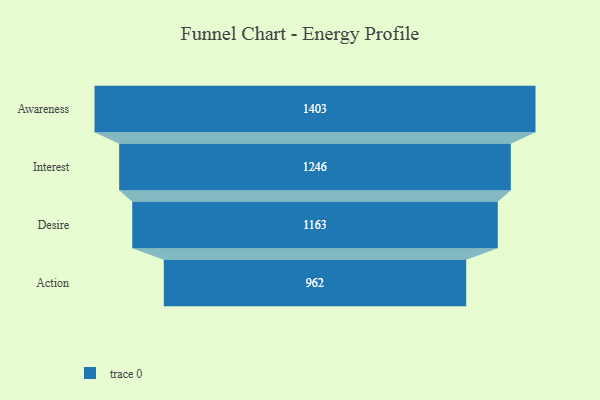
{"axis": {"x": "Stage", "y": "Value"}, "legend": [""], "data": [{"x": "Awareness", "y": 1403.0, "type": ""}, {"x": "Interest", "y": 1246.0, "type": ""}, {"x": "Desire", "y": 1163.0, "type": ""}, {"x": "Action", "y": 962.0, "type": ""}]}